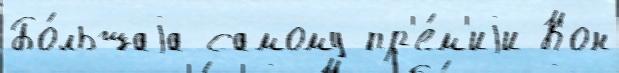
Бо́льшаjа самому пр'е́м'иjи Кон